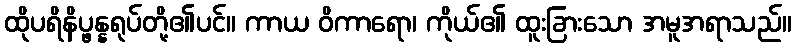
ထိုပရိနိပ္ဖန္နရုပ်တို့၏ပင်။ ကာယ ဝိကာရော၊ ကိုယ်၏ ထူးခြားသော အမူအရာသည်။